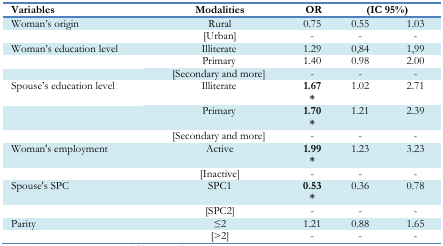
<table><thead><tr><td><b>Variables</b></td><td><b>Modalities</b></td><td><b>OR</b></td><td colspan="2"><b>(IC 95%)</b></td></tr></thead><tbody><tr><td>Woman’s origin</td><td>Rural</td><td>0.75</td><td>0.55</td><td>1.03</td></tr><tr><td></td><td>[Urban]</td><td>-</td><td>-</td><td>-</td></tr><tr><td>Woman’s education level</td><td>Illiterate</td><td>1.29</td><td>0,84</td><td>1,99</td></tr><tr><td></td><td>Primary</td><td>1.40</td><td>0.98</td><td>2.00</td></tr><tr><td></td><td>[Secondary and more]</td><td>-</td><td>-</td><td>-</td></tr><tr><td>Spouse’s education level</td><td>Illiterate</td><td><b>1.67<sup>*</sup></b></td><td>1.02</td><td>2.71</td></tr><tr><td></td><td>Primary</td><td><b>1.70<sup>*</sup></b></td><td>1.21</td><td>2.39</td></tr><tr><td></td><td>[Secondary and more]</td><td>-</td><td>-</td><td>-</td></tr><tr><td>Woman’s employment</td><td>Active</td><td><b>1.99<sup>*</sup></b></td><td>1.23</td><td>3.23</td></tr><tr><td></td><td>[Inactive]</td><td>-</td><td>-</td><td>-</td></tr><tr><td>Spouse’s SPC</td><td>SPC1</td><td><b>0.53<sup>*</sup></b></td><td>0.36</td><td>0.78</td></tr><tr><td></td><td>[SPC2]</td><td>-</td><td>-</td><td>-</td></tr><tr><td>Parity</td><td>≤2</td><td>1.21</td><td>0.88</td><td>1.65</td></tr><tr><td></td><td>[&gt;2]</td><td>-</td><td>-</td><td>-</td></tr></tbody></table>